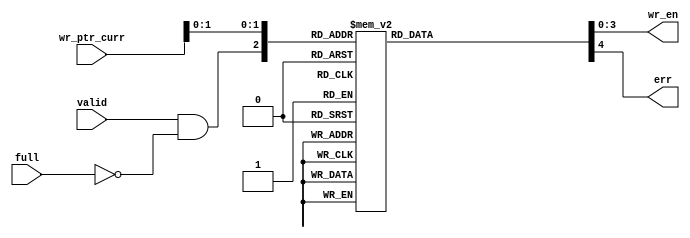
module wr_enable(valid, full, wr_ptr_curr, wr_en, err);

    input [2:0] wr_ptr_curr;
    input valid, full;

    output reg [3:0] wr_en;
    output reg err;

    wire enable;
	
	assign enable = valid & !full;
    
    always @(*) begin
	    err = 1'b0;
	    wr_en = 4'b0000;
        case({enable, wr_ptr_curr[1:0]}) 
            3'b000: begin //do nothing until 1xx (en high)
	    end
	    3'b001: begin
	    end
	    3'b010: begin
	    end
	    3'b011: begin
	    end
	    3'b100: begin
		    wr_en[0] = 1'b1;
	    end
	    3'b101: begin
	            wr_en[1] = 1'b1;
 	    end
	    3'b110: begin
	            wr_en[2] = 1'b1;
    	    end
	    3'b111: begin
		    wr_en[3] = 1'b1;
	    end
	    default: begin
		    wr_en = 4'bxxx;
	  	    err = 1'b1;
	    end
	endcase
    end

endmodule